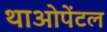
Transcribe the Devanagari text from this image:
थाओपेंटल